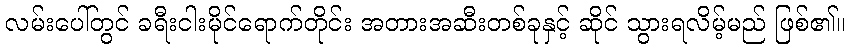
လမ်းပေါ်တွင် ခရီးငါးမိုင်ရောက်တိုင်း အတားအဆီးတစ်ခုနှင့် ဆိုင် သွားရလိမ့်မည် ဖြစ်၏။